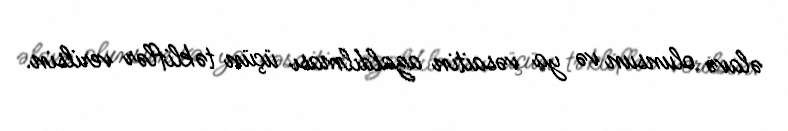
əlavə olunsun və ya vəsaitin azaldılması üçün təkliflər verilsin.